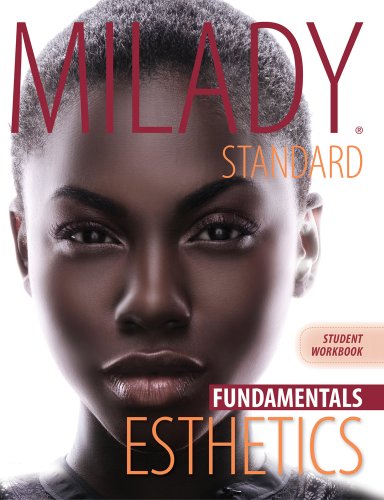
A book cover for Workbook for Milady Standard Esthetics: Fundamentals; Milady; Health, Fitness & Dieting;